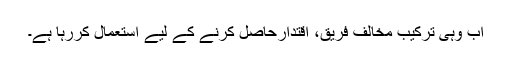
اب وہی ترکیب مخالف فریق، اقتدارحاصل کرنے کے لیے استعمال کررہا ہے۔